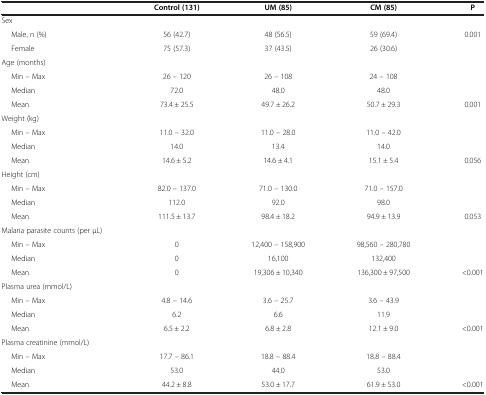
<table><thead><tr><td><b> </b></td><td><b>Control (131)</b></td><td><b>UM (85)</b></td><td><b>CM (85)</b></td><td><b>P</b></td></tr></thead><tbody><tr><td>Sex</td><td> </td><td> </td><td> </td><td> </td></tr><tr><td>Male, n (%)</td><td>56 (42.7)</td><td>48 (56.5)</td><td>59 (69.4)</td><td>0.001</td></tr><tr><td>Female</td><td>75 (57.3)</td><td>37 (43.5)</td><td>26 (30.6)</td><td> </td></tr><tr><td>Age (months)</td><td> </td><td> </td><td> </td><td> </td></tr><tr><td>Min – Max</td><td>26 – 120</td><td>26 – 108</td><td>24 – 108</td><td> </td></tr><tr><td>Median</td><td>72.0</td><td>48.0</td><td>48.0</td><td> </td></tr><tr><td>Mean</td><td>73.4 ± 25.5</td><td>49.7 ± 26.2</td><td>50.7 ± 29.3</td><td>0.001</td></tr><tr><td>Weight (kg)</td><td> </td><td> </td><td> </td><td> </td></tr><tr><td>Min – Max</td><td>11.0 – 32.0</td><td>11.0 – 28.0</td><td>11.0 – 42.0</td><td> </td></tr><tr><td>Median</td><td>14.0</td><td>13.4</td><td>14.0</td><td> </td></tr><tr><td>Mean</td><td>14.6 ± 5.2</td><td>14.6 ± 4.1</td><td>15.1 ± 5.4</td><td>0.056</td></tr><tr><td>Height (cm)</td><td> </td><td> </td><td> </td><td> </td></tr><tr><td>Min – Max</td><td>82.0 – 137.0</td><td>71.0 – 130.0</td><td>71.0 – 157.0</td><td> </td></tr><tr><td>Median</td><td>112.0</td><td>92.0</td><td>98.0</td><td> </td></tr><tr><td>Mean</td><td>111.5 ± 13.7</td><td>98.4 ± 18.2</td><td>94.9 ± 13.9</td><td>0.053</td></tr><tr><td>Malaria parasite counts (per μL)</td><td> </td><td> </td><td> </td><td> </td></tr><tr><td>Min – Max</td><td>0</td><td>12,400 – 158,900</td><td>98,560 – 280,780</td><td> </td></tr><tr><td>Median</td><td>0</td><td>16,100</td><td>132,400</td><td> </td></tr><tr><td>Mean</td><td>0</td><td>19,306 ± 10,340</td><td>136,300 ± 97,500</td><td>&lt;0.001</td></tr><tr><td>Plasma urea (mmol/L)</td><td> </td><td> </td><td> </td><td> </td></tr><tr><td>Min – Max</td><td>4.8 – 14.6</td><td>3.6 – 25.7</td><td>3.6 – 43.9</td><td> </td></tr><tr><td>Median</td><td>6.2</td><td>6.6</td><td>11.9</td><td> </td></tr><tr><td>Mean</td><td>6.5 ± 2.2</td><td>6.8 ± 2.8</td><td>12.1 ± 9.0</td><td>&lt;0.001</td></tr><tr><td>Plasma creatinine (mmol/L)</td><td> </td><td> </td><td> </td><td> </td></tr><tr><td>Min – Max</td><td>17.7 – 86.1</td><td>18.8 – 88.4</td><td>18.8 – 88.4</td><td> </td></tr><tr><td>Median</td><td>53.0</td><td>44.0</td><td>53.0</td><td> </td></tr><tr><td>Mean</td><td>44.2 ± 8.8</td><td>53.0 ± 17.7</td><td>61.9 ± 53.0</td><td>&lt;0.001</td></tr></tbody></table>